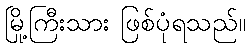
မြို့ကြီးသား ဖြစ်ပုံရသည်။